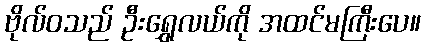
ဗိုလ်ဝသည် ဦးရွှေလယ်ကို အထင်မကြီးပေ။